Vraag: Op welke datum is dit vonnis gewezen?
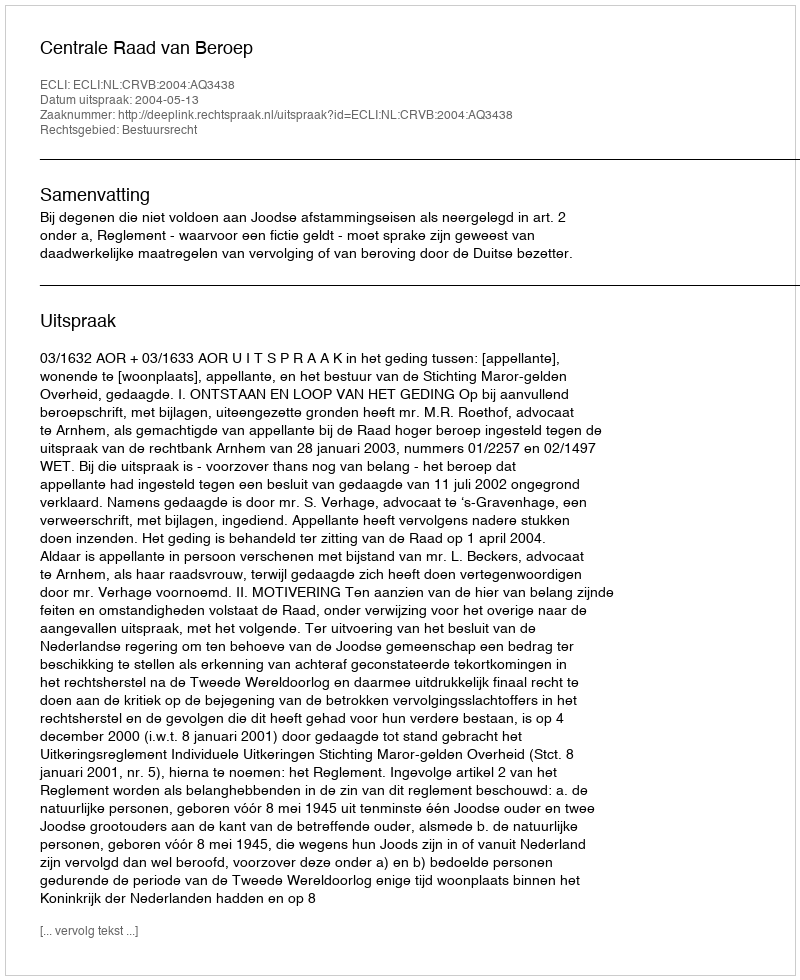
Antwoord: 2004-05-13